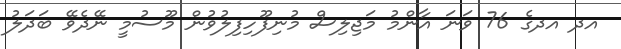
އދ އދގެ 76 ވަނަ އާންމު މަޖިލިސް މުނިފޫހިފިލުވުން މޫސުމީ ނޭދެވޭ ބަދަލު